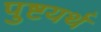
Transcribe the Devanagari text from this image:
पुष्टयर्थ